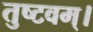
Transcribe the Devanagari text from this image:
तुष्टवम्।